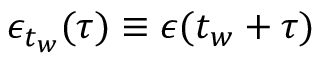
\epsilon _ { t _ { w } } ( \tau ) \equiv \epsilon ( t _ { w } + \tau )